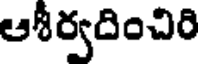
ఆశీర్వదించిరి